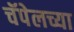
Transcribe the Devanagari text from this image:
चॅपेलच्या